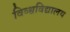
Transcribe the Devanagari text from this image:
विव्श्वविद्यालय